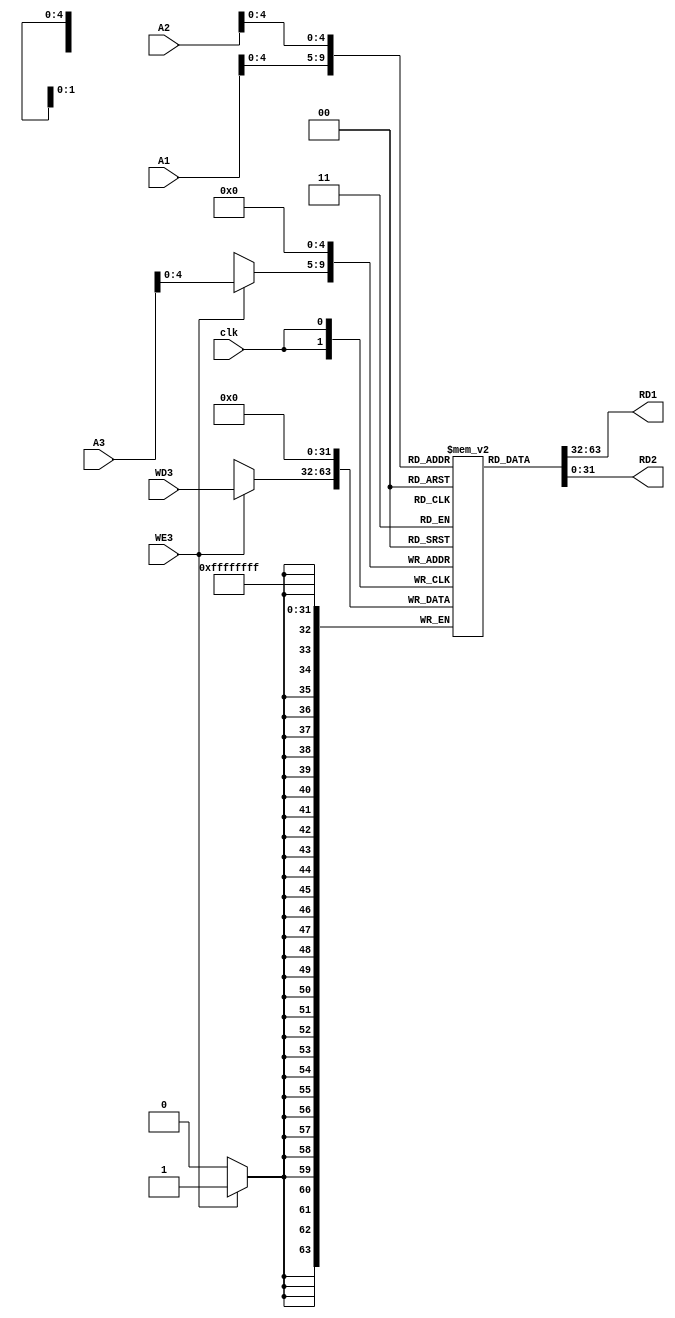
module RegisterFile(RD1, RD2, A1, A2, A3, WD3, clk, WE3);
output [31:0] RD1;
output [31:0] RD2;

input[5:0] A1;
input[5:0] A2;
input[5:0] A3;

input clk;
input[31:0] WD3;
input WE3;

reg[31:0] registers[31:0];

integer i;
initial begin
    for (i = 0; i <= 5'd31; i = i + 1)
        registers[i] = 0;
end

assign RD1 = registers[A1];
assign RD2 = registers[A2];

always @(posedge clk) begin
    registers[0] = 0;
    
    if (WE3 == 1'b1) begin
        registers[A3] = WD3;
    end
end

    
    
endmodule